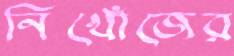
নিখোঁজের